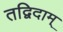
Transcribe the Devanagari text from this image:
तद्विदाम्